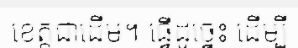
ខេត្តជាដើម។ ធ្វើដូច្នេះ ដើម្បី